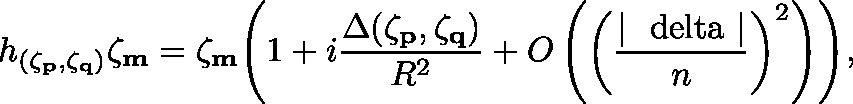
h _ { ( \zeta _ { \bf p } , \zeta _ { \bf q } ) } \zeta _ { \bf m } = \zeta _ { \bf m } \Biggl ( 1 + i \frac { \Delta ( \zeta _ { \bf p } , \zeta _ { \bf q } ) } { R ^ { 2 } } + O \left( \biggl ( \frac { | \mathrm { \boldmath ~ \ d e l t a ~ } | } { n } \biggr ) ^ { 2 } \right) \Biggr ) ,